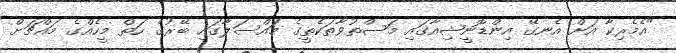
"އެެމެރިކާ އަށް އެނގޭ އިންޑޮނީޝިއާގައި މަސްތުވާތަކެތީގެ މަައްސަލާގައި ބޭރުގެ ހަތް މީހެއްގެ މައްޗަށް